Report of the Indian Hemp Drugs Commission, 1894-1895 - Volume V
Year: 1894
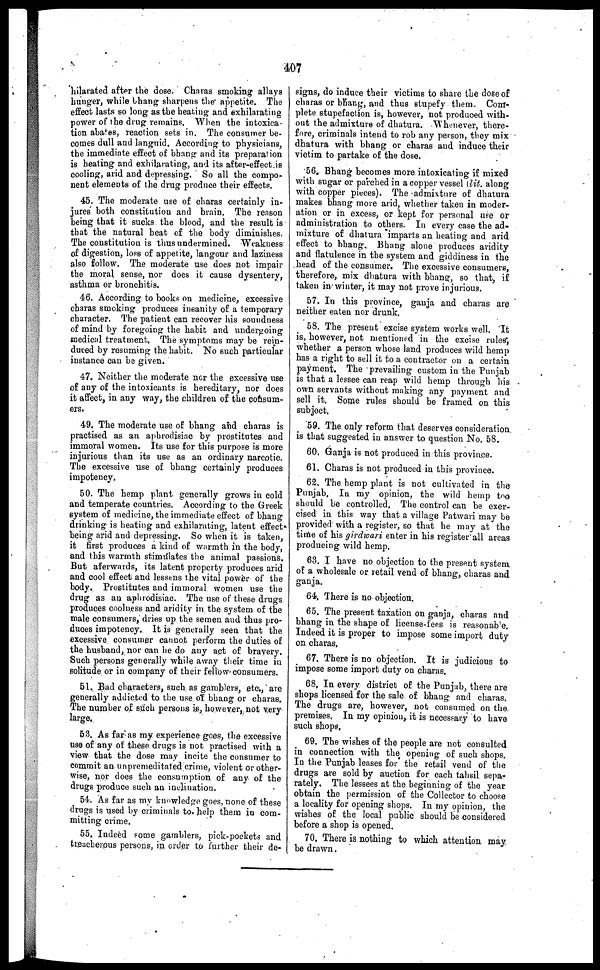
407
hilarated after the dose. Charas smoking allays
hunger, while bhang sharpens the appetite. The
effect lasts so long as the heating and exhilarating
power of the drug remains. When the intoxica-
tion abates, reaction sets in. The consumer be-
comes dull and languid. According to physicians,
the immediate effect of bhang and its preparation
is heating and exhilarating, and its after-effect is
cooling, arid and depressing. So all the compo-
nent elements of the drug produce their effects.
45. The moderate use of charas certainly in-
jures both constitution and brain. The reason
being that it sucks the blood, and the result is
that the natural heat of the body diminishes.
The constitution is thus undermined. Weakness
of digestion, loss of appetite, langour and laziness
also follow. The moderate use does not impair
the moral sense, nor does it cause dysentery,
asthma or bronchitis.
46. According to books on medicine, excessive
charas smoking produces insanity of a temporary
character. The patient can recover his soundness
of mind by foregoing the habit and undergoing
medical treatment. The symptoms may be rein-
duced by resuming the habit. No such particular
instance can be given.
47. Neither the moderate nor the excessive use
of any of the intoxicants is hereditary, nor does
it affect, in any way, the children of the consum-
ers.
49. The moderate use of bhang and charas is
practised as an aphrodisiac by prostitutes and
immoral women. Its use for this purpose is more
injurious than its use as an ordinary narcotic.
The excessive use of bhang certainly produces
impotency.
50. The hemp plant generally grows in cold
and temperate countries. According to the Greek
system of medicine, the immediate effect of bhang
drinking is heating and exhilarating, latent effect*
being arid and depressing. So when it is taken,
it first produces a kind of warmth in the body,
and this warmth stimulates the animal passions.
But aferwards, its latent property produces arid
and cool effect and lessens the vital power of the
body. Prostitutes and immoral women use the
drug as an aphrodisiac. The use of these drugs
produces coolness and aridity in the system of the
male consumers, dries up the semen and thus pro-
duces impotency. It is generally seen that the
excessive consumer cannot perform the duties of
the husband, nor can he do any act of bravery.
Such persons generally while away their time in
solitude or in company of their fellow-consumers.
51. Bad characters, such as gamblers, etc., are
generally addicted to the use of bhang or chara6.
The number of such persons is, however, not very
large.
63. As far as my experience goes, the excessive
use of any of these drugs is not practised with a
view that the dose may incite the consumer to
commit an unpremeditated crime, violent or other-
wise, nor does the consumption of any of the
drugs produce such an inclination.
54. As far as my knowledge goes, none of these
drugs is used by criminals to help them in com-
mitting crime.
55. Indeed some gamblers, pick-pockets and
treacherous persons, in order to further their de-
signs, do induce their victims to share the dose of
charas or bhang, and thus stupefy them. Com-
plete stupefaction is, however, not produced with-
out the admixture of dhatura. Whenever, there-
fore, criminals intend to rob any person, they mix
dhatura with bhang or charas and induce their
victim to partake of the dose.
56. Bhang becomes more intoxicating if mixed
with sugar or parched in a copper vessel [lit. along
with copper pieces). The admixture of dhatura
makes bhang more arid, whether taken in moder-
ation or in excess, or kept for personal use or
administration to others. In every case the ad-
mixture of dhatura imparts an heating and arid
effect to bhang. Bhang alone produces aridity
and flatulence in the system and giddiness in the
head of the consumer. The excessive consumers,
therefore, mix dhatura with bhang, so that, if
taken in winter, it may not prove injurious.
57. In this province, ganja and charas are
neither eaten nor drunk.
58. The present excise system works well. It
is, however, not mentioned in the excise rules,
whether a person whose land produces wild hemp
has a right to sell it to a contractor on a certain
payment. The prevailing custom in the Punjab
is that a lessee can reap wild hemp through his
own servants without making any payment and
sell it. Some rules should be framed on this
subject.
59. The only reform that deserves consideration
is that suggested in answer to question No. 58.
60. Ganja is not produced in this province.
61. Charas is not produced in this province.
62. The hemp plant is not cultivated in the
Punjab. In my opinion, the wild hemp too
should be controlled, The control can be exer-
cised in this way that a village Patwari may be
provided with a register, so that he may at the
time of his girdwari enter in his register all areas
producing wild hemp.
63. I have no objection to the present system
of a wholesale or retail vend of bhang, charas and
ganja.
64. There is no objection.
65. The present taxation on ganja, charas and
bhang in the shape of license-lees is reasonable.
Indeed it is proper to impose some import duty
on charas,
67. There is no objection. It is judicious to
impose some import duty on charas,
68. In every district of the Punjab, there are
shops licensed for the sale of bhang and charas.
The drugs are, however, not consumed on the.
premises. In my opinion, it is necessary to have
such shops,
69. The wishes of the people are not consulted
in connection with the opening of such shops.
In the Punjab leases for the retail vend of the
drugs are sold by auction for each tahsil sepa-
rately. The lessees at the beginning of the year
obtain the permission of the Collector to choose
a locality for opening shops. In my opinion, the
wishes of the local public should be considered
before a shop is opened.
70. There is nothing to which attention may
be drawn.